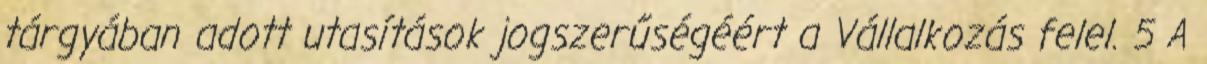
tárgyában adott utasítások jogszerűségéért a Vállalkozás felel. 5 A